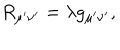
R _ { \mu ^ { \prime } \nu ^ { \prime } } = \lambda g _ { \mu ^ { \prime } \nu ^ { \prime } } ,